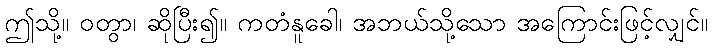
ဤသို့။ ဝတွာ၊ ဆိုပြီး၍။ ကတံနူခေါ၊ အဘယ်သို့သော အကြောင်းဖြင့်လျှင်။